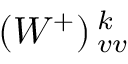
\left( W ^ { + } \right) { } _ { v v } ^ { k }